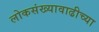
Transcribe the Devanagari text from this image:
लोकसंख्यावाढीच्या